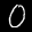
Label: 0